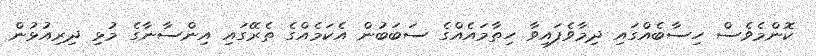
ކޮންމެވެސް ހިސާބެއްގައި ދިމާވެފައިވާ ހިތާމައެއްގެ ސަބަބުން އެކަމެއްގެ ތެރޭގައި އިންސާނާގެ މުޅި ދިރިއުޅުން